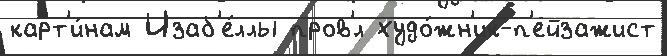
карт'и́нам Изаб'е́ллы пров'́л худо́жн'ик-п'ейзажист